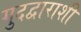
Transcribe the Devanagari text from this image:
गुदद्वाराशी